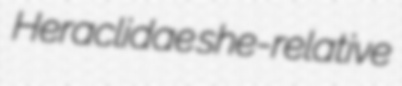
Heraclidae she-relative